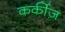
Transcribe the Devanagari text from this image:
कर्कीज़